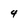
Character: 4